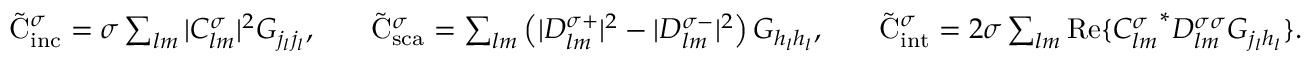
\begin{array} { r l r l r } { \tilde { \mathrm { { C } } } _ { \mathrm { i n c } } ^ { \sigma } = \sigma \sum _ { l m } | C _ { l m } ^ { \sigma } | ^ { 2 } G _ { j _ { l } j _ { l } } , } & { } & { \tilde { \mathrm { { C } } } _ { \mathrm { s c a } } ^ { \sigma } = \sum _ { l m } \left( | D _ { l m } ^ { \sigma + } | ^ { 2 } - | D _ { l m } ^ { \sigma - } | ^ { 2 } \right) G _ { h _ { l } h _ { l } } , } & { } & { \tilde { \mathrm { { C } } } _ { \mathrm { i n t } } ^ { \sigma } = 2 \sigma \sum _ { l m } \mathrm { R e } \{ { C _ { l m } ^ { \sigma } } ^ { * } D _ { l m } ^ { \sigma \sigma } G _ { j _ { l } h _ { l } } \} . } \end{array}